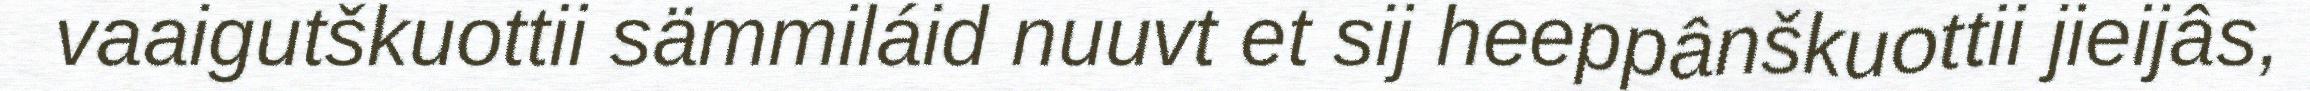
vaaigutškuottii sämmiláid nuuvt et sij heeppânškuottii jieijâs,